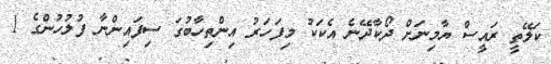
ކަލޭތީ ރައީސް ޔާމިނަށް ދޯކާދޭނެ އެކަކު މިފަހަރު އިންތިހާބުގަ ސިފައިންނާ ފުލުހުންގެ 1